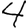
Digit: 4